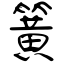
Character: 簧